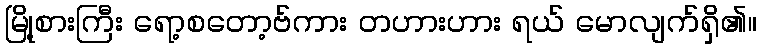
မြို့စားကြီး ရော့စတော့ဗ်ကား တဟားဟား ရယ် မောလျက်ရှိ၏။